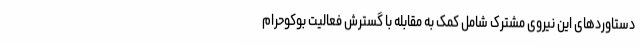
دستاوردهای این نیروی مشترک شامل کمک به مقابله با گسترش فعالیت بوکوحرام